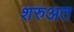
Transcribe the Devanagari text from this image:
शरुअत